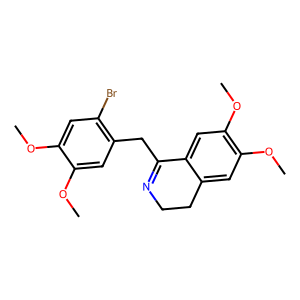
SMILES: COc1cc(Br)c(CC2=NCCc3cc(OC)c(OC)cc32)cc1OC
Inhibits HIV replication: No